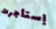
إستأجرت